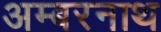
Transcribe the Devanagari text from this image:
अम्‍बरनाथ